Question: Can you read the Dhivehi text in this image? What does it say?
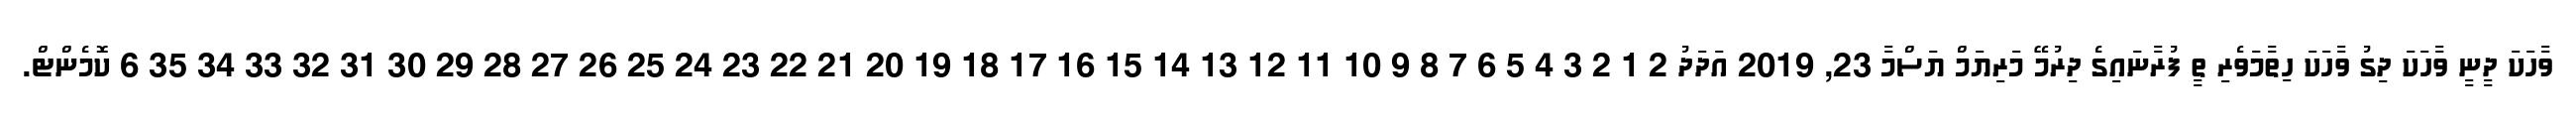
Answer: ވާހަކަ ދީނީ ވާހަކަ ދިގު ވާހަކަ ހިތާމަވެރި ތީ ފުރާނައިގެ ދިރުމޭ މަރިޔަމް ޔަސްމާ 23, 2019 އަދަދު 2 1 2 3 4 5 6 7 8 9 10 11 12 13 14 15 16 17 18 19 20 21 22 23 24 25 26 27 28 29 30 31 32 33 34 35 6 ކޮމެންޓް.